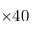
\times 4 0